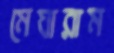
মেঘারাম